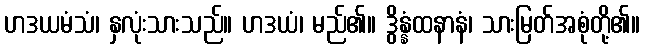
ဟဒယမံသံ၊ နှလုံးသားသည်။ ဟဒယံ၊ မည်၏။ ဒွိန္နံထနာနံ၊ သားမြတ်အစုံတို့၏။